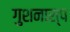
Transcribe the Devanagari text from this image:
गुशनास्प